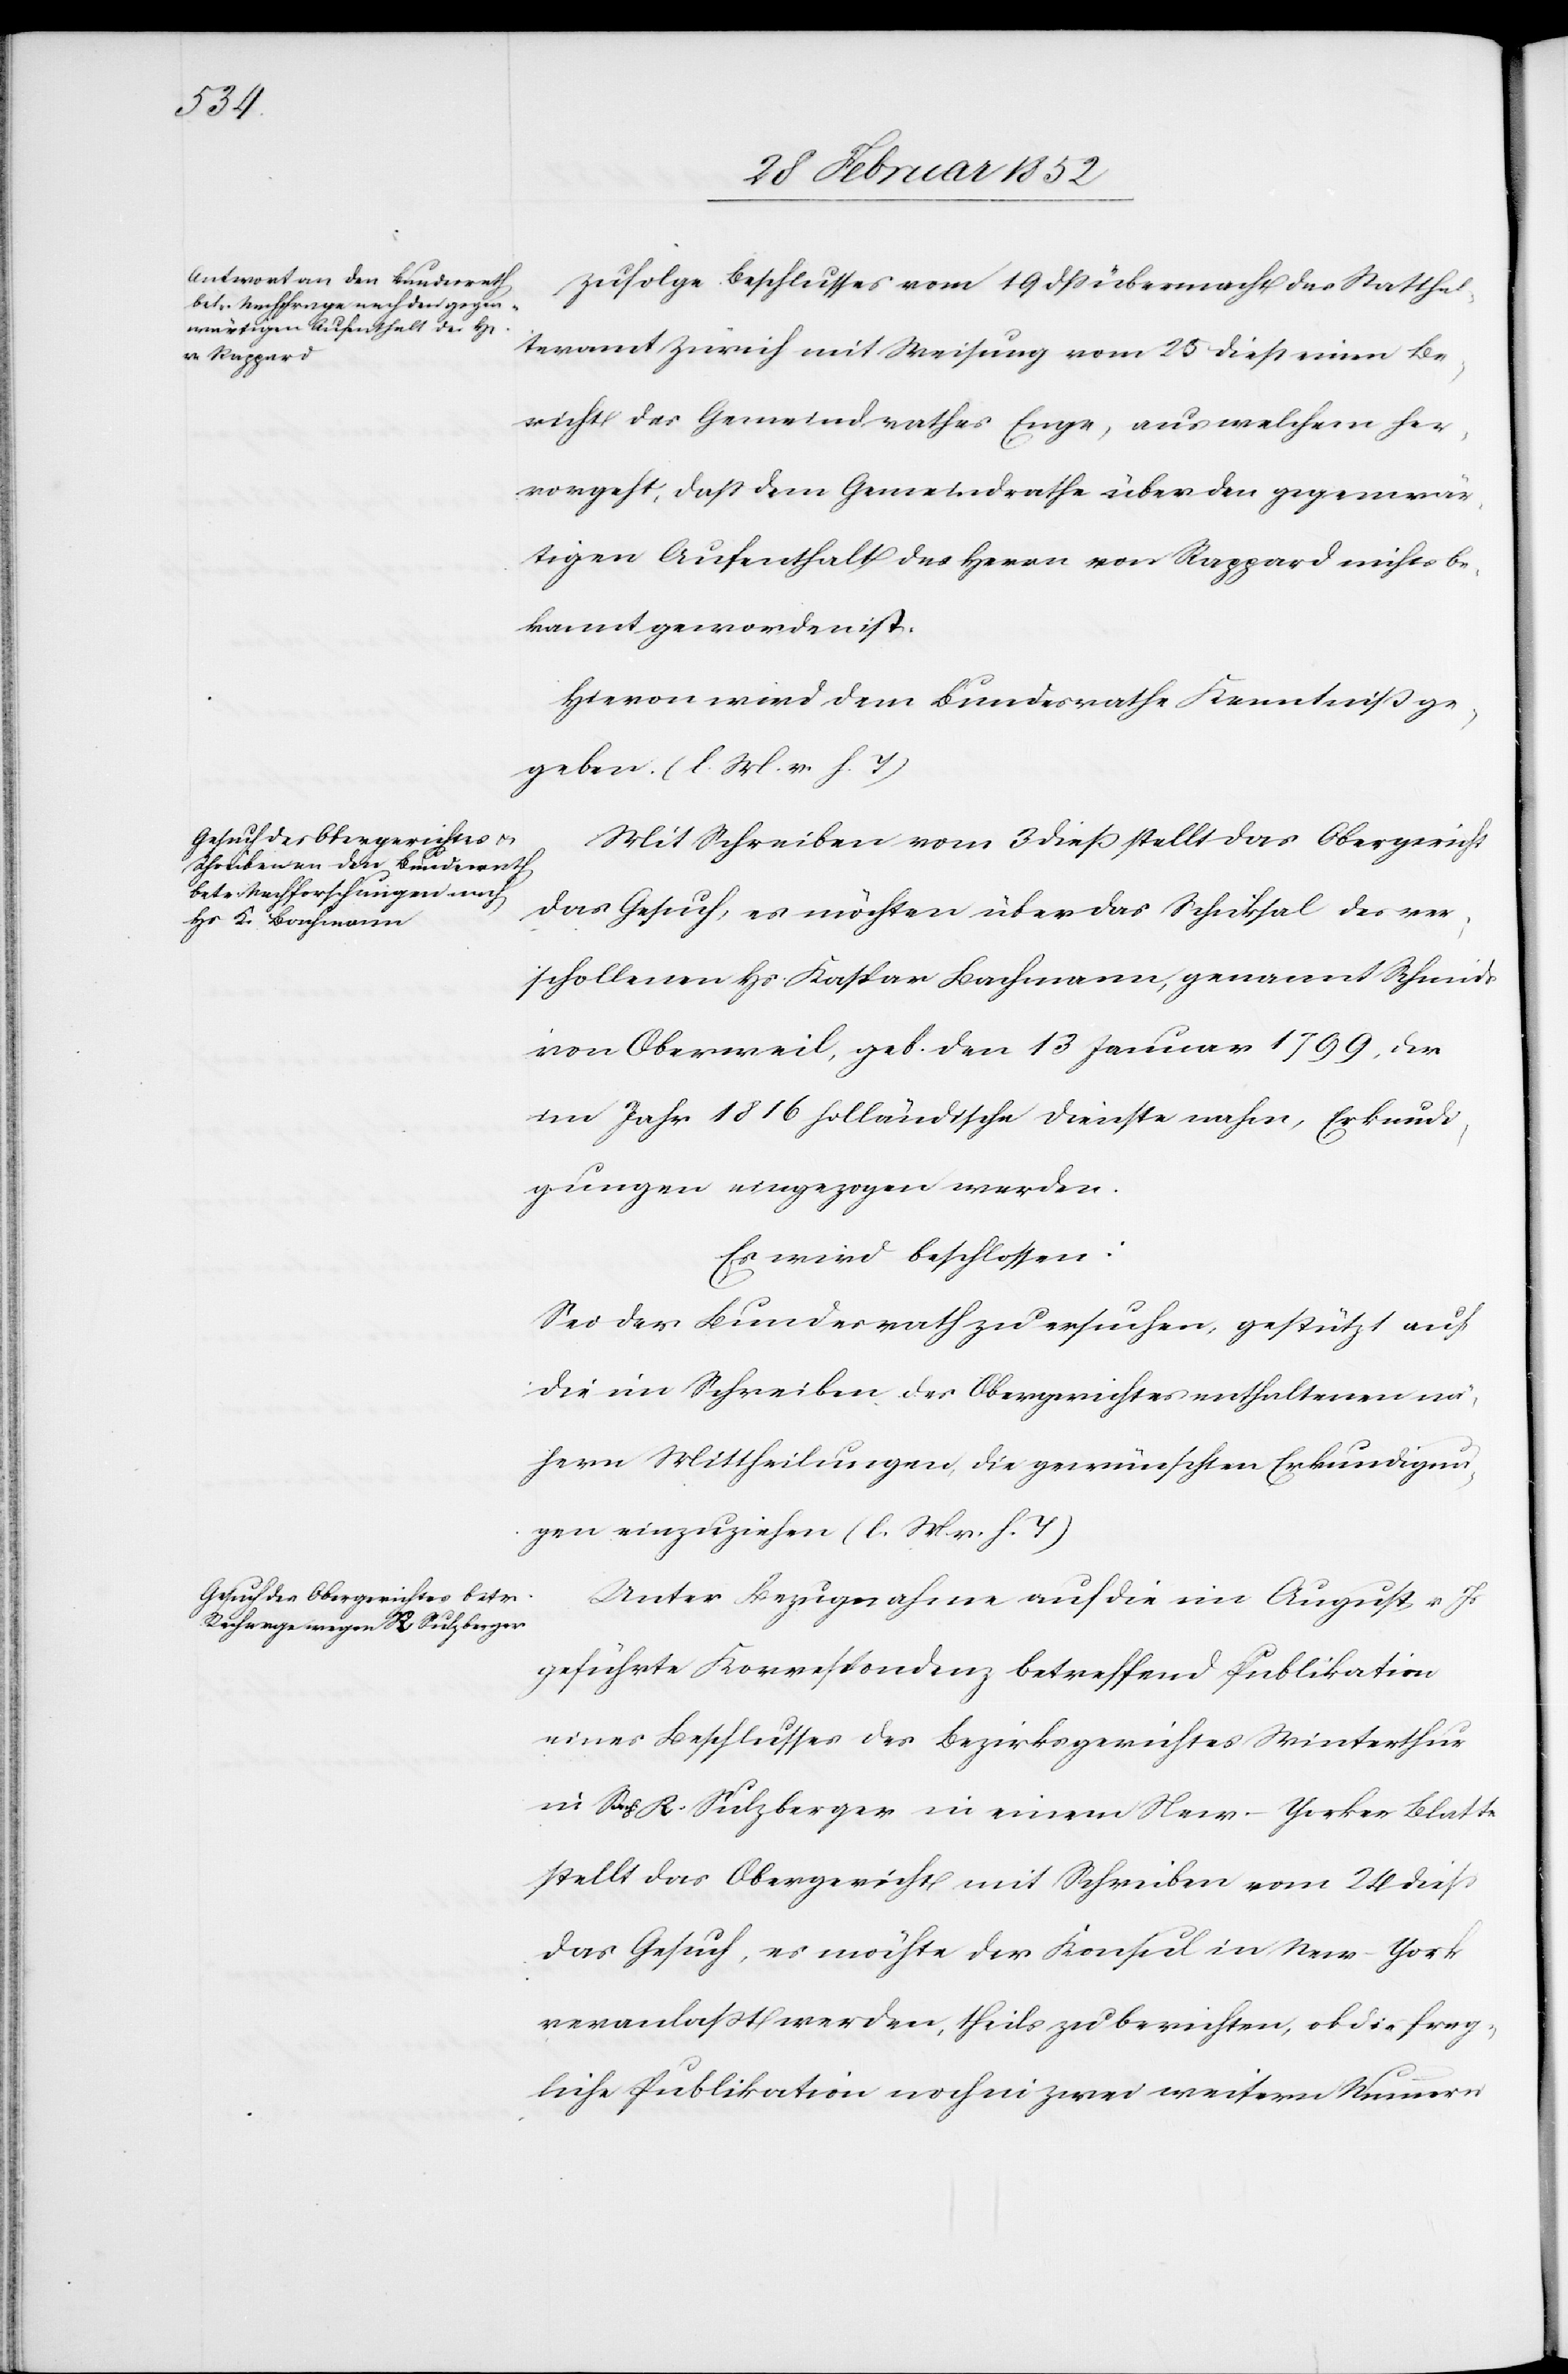
Zufolge Beschlusses vom 19 dß übermacht das Statthal¬
teramt Zürich mit Weisung vom 25 dieß einen Be¬
richt des Gemeindrathes Enge, aus welchem her¬
vorgeht, daß dem Gemeindrathe über den gegenwär¬
tigen Aufenthalt des Herrn von Rappard nichts be¬
kannt geworden ist.
Hievon wird dem Bundesrathe Kenntniß ge¬
geben. (l. M. v. h. T.)
Mit Schreiben vom 3 dieß stellt das Obergericht
das Gesuch, es möchten über das Schi[c]ksal des ver¬
schollenen Hs. Kaspar Bachmann, genannt Schmid
von Oberweil, geb. den 13 Januar 1799, der
im Jahr 1816 holländische Dienste nahm, Erkundi¬
gungen eingezogen werden.
Es wird beschlossen:
Sei der Bundesrath zu ersuchen, gestützt auf
die im Schreiben des Obergerichtes enthaltenen nä¬
hern Mittheilungen, die gewünschten Erkundigun¬
gen einzuziehen. (l. M. v. h. T.)
Unter Bezugnahme auf die im August v. Js
geführte Korrespondenz betreffend Publikation
eines Beschlusses des Bezirksgerichtes Winterthur
in Sache R. Sulzberger in einem New-Yorker Blatte
stellt das Obergericht mit Schreiben vom 24 dieß
das Gesuch, es möchte der Konsul in New-York
veranlaßt werden, theils zu berichten, ob die frag¬
liche Publikation noch in zwei weitern Nummern